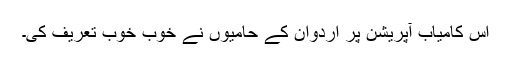
اس کامیاب آپریشن پر اردوان کے حامیوں نے خوب خوب تعریف کی۔